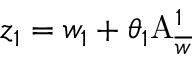
z _ { 1 } = w _ { 1 } + \theta _ { 1 } \mathrm { A } _ { \overline { { { w } } } } ^ { 1 }